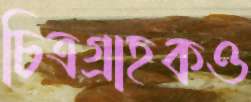
চিত্রগ্রাহকও